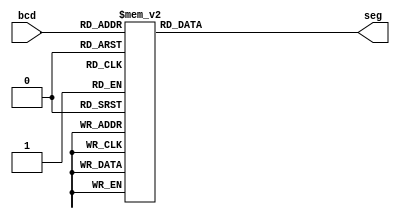
module seven_segment(bcd, seg);
    
    input [3:0] bcd;
    output reg [6:0] seg;

    //=====================================

    always @(bcd)
    begin
        case (bcd)
            0 : seg = 7'b0000001;
            1 : seg = 7'b1001111;
            2 : seg = 7'b0010010;
            3 : seg = 7'b0000110;
            4 : seg = 7'b1001100;
            5 : seg = 7'b0100100;
            6 : seg = 7'b0100000;
            7 : seg = 7'b0001111;
            8 : seg = 7'b0000000;
            9 : seg = 7'b0000100;
            //switch off 7 segment character when the bcd digit is not a decimal number.
            default : seg = 7'b1111111; 
        endcase
    end
    
endmodule